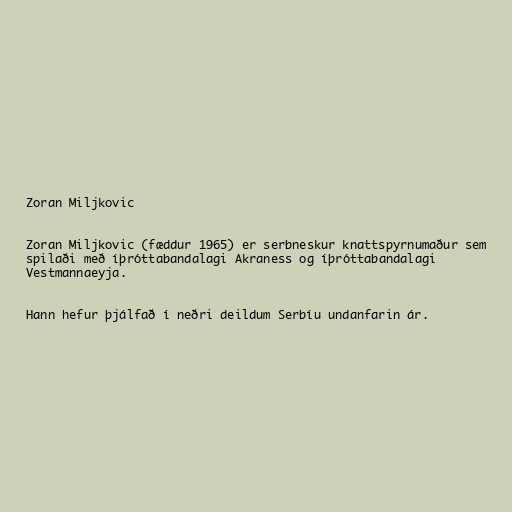
Zoran Miljkovic

Zoran Miljkovic (fæddur 1965) er serbneskur knattspyrnumaður sem
spilaði með íþróttabandalagi Akraness og íþróttabandalagi
Vestmannaeyja.

Hann hefur þjálfað í neðri deildum Serbíu undanfarin ár.